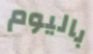
باليوم